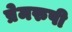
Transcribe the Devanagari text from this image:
प्रेमरुपी